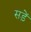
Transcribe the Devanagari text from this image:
सड़ें